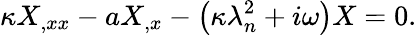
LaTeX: \kappa X_{,xx}-aX_{,x}-\left(\kappa\lambda_{n}^{2}+i\omega\right)X=0.